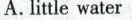
A.little water